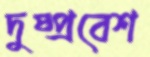
দুষ্প্রবেশ